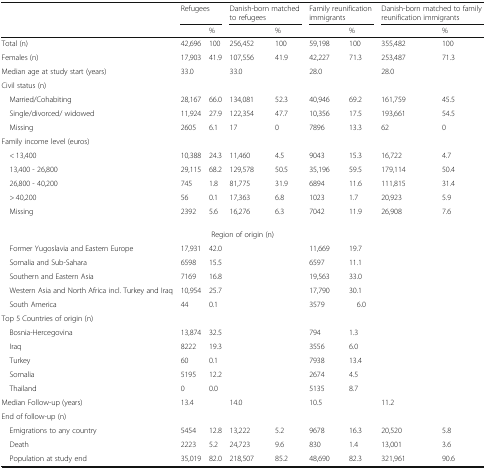
<table><thead><tr><td rowspan="2"></td><td colspan="2"><b>Refugees</b></td><td colspan="2"><b>Danish-born matched to refugees</b></td><td colspan="2"><b>Family reunification immigrants</b></td><td colspan="2"><b>Danish-born matched to family reunification immigrants</b></td></tr><tr><td></td><td><b>%</b></td><td></td><td><b>%</b></td><td></td><td><b>%</b></td><td></td><td><b>%</b></td></tr></thead><tbody><tr><td>Total (n)</td><td>42,696</td><td>100</td><td>256,452</td><td>100</td><td>59,198</td><td>100</td><td>355,482</td><td>100</td></tr><tr><td>Females (n)</td><td>17,903</td><td>41.9</td><td>107,556</td><td>41.9</td><td>42,227</td><td>71.3</td><td>253,487</td><td>71.3</td></tr><tr><td>Median age at study start (years)</td><td>33.0</td><td></td><td>33.0</td><td></td><td>28.0</td><td></td><td>28.0</td><td></td></tr><tr><td colspan="9">Civil status (n)</td></tr><tr><td> Married/Cohabiting</td><td>28,167</td><td>66.0</td><td>134,081</td><td>52.3</td><td>40,946</td><td>69.2</td><td>161,759</td><td>45.5</td></tr><tr><td> Single/divorced/ widowed</td><td>11,924</td><td>27.9</td><td>122,354</td><td>47.7</td><td>10,356</td><td>17.5</td><td>193,661</td><td>54.5</td></tr><tr><td> Missing</td><td>2605</td><td>6.1</td><td>17</td><td>0</td><td>7896</td><td>13.3</td><td>62</td><td>0</td></tr><tr><td colspan="9">Family income level (euros)</td></tr><tr><td> &lt; 13,400</td><td>10,388</td><td>24.3</td><td>11,460</td><td>4.5</td><td>9043</td><td>15.3</td><td>16,722</td><td>4.7</td></tr><tr><td> 13,400 - 26,800</td><td>29,115</td><td>68.2</td><td>129,578</td><td>50.5</td><td>35,196</td><td>59.5</td><td>179,114</td><td>50.4</td></tr><tr><td> 26,800 - 40,200</td><td>745</td><td>1.8</td><td>81,775</td><td>31.9</td><td>6894</td><td>11.6</td><td>111,815</td><td>31.4</td></tr><tr><td> &gt; 40,200</td><td>56</td><td>0.1</td><td>17,363</td><td>6.8</td><td>1023</td><td>1.7</td><td>20,923</td><td>5.9</td></tr><tr><td> Missing</td><td>2392</td><td>5.6</td><td>16,276</td><td>6.3</td><td>7042</td><td>11.9</td><td>26,908</td><td>7.6</td></tr><tr><td colspan="9">Region of origin (n)</td></tr><tr><td> Former Yugoslavia and Eastern Europe</td><td>17,931</td><td>42.0</td><td rowspan="5"></td><td rowspan="5"></td><td>11,669</td><td>19.7</td><td rowspan="5"></td><td rowspan="5"></td></tr><tr><td> Somalia and Sub-Sahara</td><td>6598</td><td>15.5</td><td>6597</td><td>11.1</td></tr><tr><td> Southern and Eastern Asia</td><td>7169</td><td>16.8</td><td>19,563</td><td>33.0</td></tr><tr><td> Western Asia and North Africa incl. Turkey and Iraq</td><td>10,954</td><td>25.7</td><td>17,790</td><td>30.1</td></tr><tr><td> South America</td><td>44</td><td>0.1</td><td>3579</td><td>6.0</td></tr><tr><td colspan="9">Top 5 Countries of origin (n)</td></tr><tr><td> Bosnia-Hercegovina</td><td>13,874</td><td>32.5</td><td rowspan="5"></td><td rowspan="6"></td><td>794</td><td>1.3</td><td rowspan="5"></td><td rowspan="6"></td></tr><tr><td> Iraq</td><td>8222</td><td>19.3</td><td>3556</td><td>6.0</td></tr><tr><td> Turkey</td><td>60</td><td>0.1</td><td>7938</td><td>13.4</td></tr><tr><td> Somalia</td><td>5195</td><td>12.2</td><td>2674</td><td>4.5</td></tr><tr><td> Thailand</td><td>0</td><td>0.0</td><td>5135</td><td>8.7</td></tr><tr><td>Median Follow-up (years)</td><td>13.4</td><td></td><td>14.0</td><td>10.5</td><td></td><td>11.2</td></tr><tr><td colspan="9">End of follow-up (n)</td></tr><tr><td> Emigrations to any country</td><td>5454</td><td>12.8</td><td>13,222</td><td>5.2</td><td>9678</td><td>16.3</td><td>20,520</td><td>5.8</td></tr><tr><td> Death</td><td>2223</td><td>5.2</td><td>24,723</td><td>9.6</td><td>830</td><td>1.4</td><td>13,001</td><td>3.6</td></tr><tr><td> Population at study end</td><td>35,019</td><td>82.0</td><td>218,507</td><td>85.2</td><td>48,690</td><td>82.3</td><td>321,961</td><td>90.6</td></tr></tbody></table>